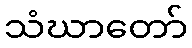
သံဃာတော်